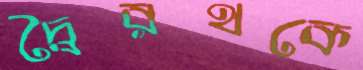
দ্বৈরথকে